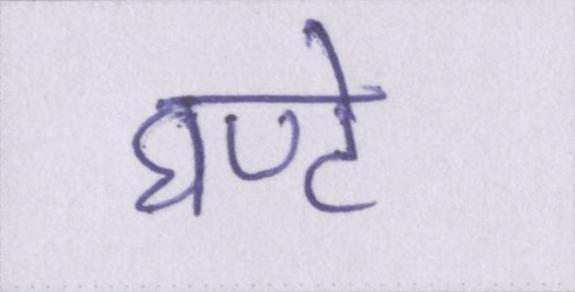
घण्टे